Medical and sanitary report of the native army of Madras for the year
Year: 1872
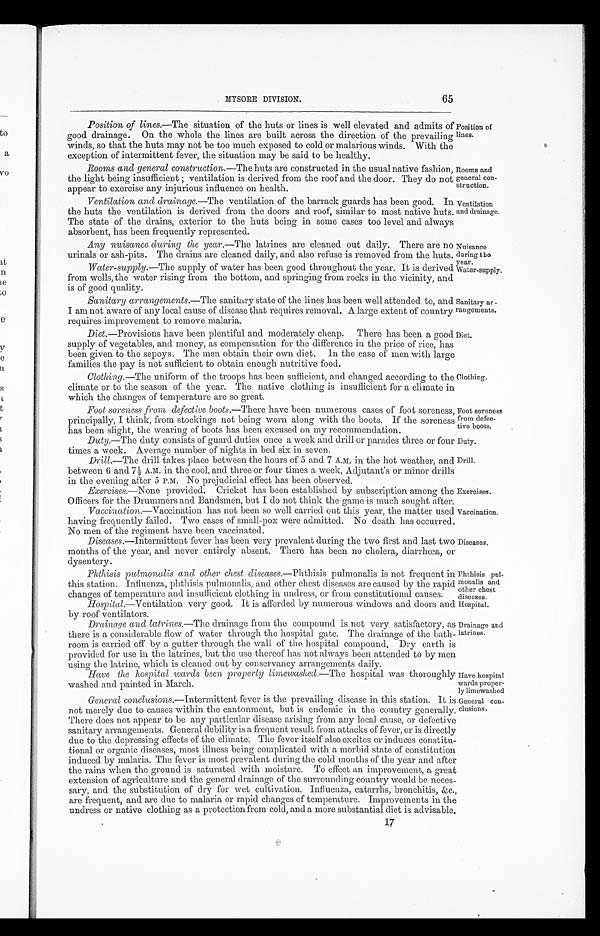
Rooms and
general con
-struction.
Ventilation
and drainage.
Nuisance
during the
year.
Water-supply.
Sanitary ar
rangements.
Diet.
Duty.
Drill.
Exercises.
Vaccination.
Have hospital.
wards proper
- l y l i m e w a s h e d .
General con
-clusions.
65
MYSORE DIVISION.
Position of lines .—The situation of the huts or lines is well elevated and admits of
good drainage. On the whole the lines are built across the direction of the prevailing
winds, so that the huts may not be too much exposed to cold or malarious winds. With the
exception of intermittent fever, the situation may be said to be healthy.
Position of
lines.
Rooms and general construction.—The huts are constructed in the usual native fashion,
the light being insufficient ; ventilation is derived from the roof and the door. They do not
appear to exercise any injurious influence on health.
Ventilation and drainage.— The ventilation of the barrack guards has been good. In
the huts the ventilation is derived from the doors and roof, similar to most native huts.
The state of the drains, exterior to the huts being in some cases too level and always
absorbent. has been frequently represented.
Any nuisance during the year .—The latrines are cleaned out daily. There are no
urinals or ash-pits. The drains are cleaned daily, and also refuse is removed from the huts.
Water-supply.—The supply of water has been good throughout the year. It is derived
from wells, the water rising from the bottom, and springing from rocks in the vicinity, and
is of good quality.
Sanitary arrangements .—The sanitary state of the lines has been well attended to, and
I am not aware of any local cause of disease that requires removal. A large extent of country
requires improvement to remove malaria.
Diet .—Provisions have been plentiful and moderately cheap. There has been a good
supply of vegetables, and money, as compensation for the difference in the price of rice, has
been given to the sepoys. The men obtain their own diet. In the case of men with large
families the pay is not sufficient to obtain enough nutritive food.
Clothing.—The
uniform of the troops has been sufficient, and changed according to the
climate or to the season of the year. The native clothing is insufficient for a climate in
which the changes of temperature are so great.
Foot soreness from defective boots .—There have been numerous cases of foot soreness,
principally, I think, from stockings not being worn along with the boots. If the soreness
has been slight, the wearing of boots has been excused on my recommendation.
Duty.—The duty consists of guard duties once a week and drill or parades three or four
times a week. Average number of nights in bed six in seven.
Drill.—The drill takes place between the hours of 5 and 7 A.M. in the hot weather, and
between 6 and 7½ A.M. in the cool, and three or four times a week, Adjutant's or minor drills
in the evening after 5 P.M. No prejudicial effect has been observed.
Exercises.—None provided. Cricket has been established by subscription among the
Officers for the Drummers and Bandsmen, but I do not think the game is much sought after.
Vaccination .—Vaccination has not been so well carried out this year, the matter used
having frequently failed. Two cases of small-pox were admitted. No death has occurred.
No men of the regiment have been vaccinated.
Diseases .—Intermittent fever has been very prevalent during the two first and last two
months of the year, and never entirely absent. There has been no cholera, diarrhœa, or
dysentery.
Phthisis pulmonalis and other chest diseases .—Phthisis pulmonalis is not frequent in
this station. Influenza, phthisis pulmonalis, and other chest diseases are caused by the rapid
changes of temperature and insufficient clothing in undress, or from constitutional causes.
Clothing.
Diseases.
Phthisis pul-
monalis and
other chest
diseases.
Foot soreness
from defec-
tive boots.
entilation very good. It is afforded by numerous windows and doors and
by roof ventilators.
Drainage and latrines.—The drainage from the compound is not very satisfactory, as
there is a considerable flow of water through the hospital gate. The drainage of the bath-
room is carried off by a gutter through the wall of the hospital compound, Dry earth is
provided for use in the latrines, but the use thereof has not always been attended to by men
using the latrine, which is cleaned out by conservancy arrangements daily,
Hospital.
Drainage and
latrines.
Have the hospital Wards been property limewashed .—The hospital was thoroughly
washed and painted in March.
General conclusions .—Intermittent fever is the prevailing disease in this station. It is
not merely due to causes within the cantonment, but is endemic in the country generally.
There does not appear to be any particular disease arising from any local cause, or defective
sanitary arrangements. General debility is a frequent result from attacks of fever, or is directly
due to the depressing effects of the climate. The fever itself also excites or induces constitu-
tional or organic diseases, most illness being complicated with a morbid state of constitution
induced by malaria. The fever is most prevalent during the cold months of the year and after
the rains when the ground is saturated with moisture. To effect an improvement, a great
extension of agriculture and the general drainage of the surrounding country would be neces-
sary, and the substitution of dry for wet cultivation. Influenza, catarrhs, bronchitis, &c.,
are frequent, and are due to malaria or rapid changes of temperature. Improvements in the
undress or native clothing as a protection from cold, and a more substantial diet is advisable.
17